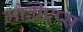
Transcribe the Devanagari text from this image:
मोबीएप्स